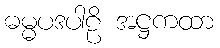
ဓမ္မပဒပါဠိ အဋ္ဌကထာ